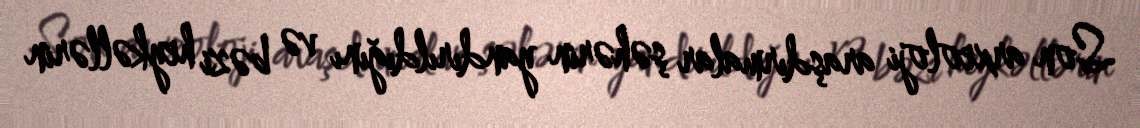
Son arxeoloji araşdırmalar şəhərin yandırıldığını və bəzi heykəllərin